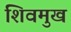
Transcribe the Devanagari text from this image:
शिवमुख